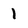
Character: 1